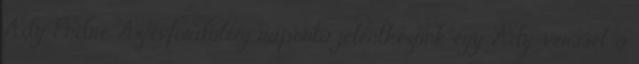
Ady Endre. Az évfordulóig naponta jelentkezünk egy Ady-verssel, a